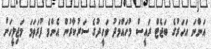
އަންނަ އަހަރުގެ ބަޖެޓް ރައީސް މުހައްމަދު ވަހީދުގެ ސަރުކާރުން އެންމެ ފުރަތަމަ މަޖިލީހަށް